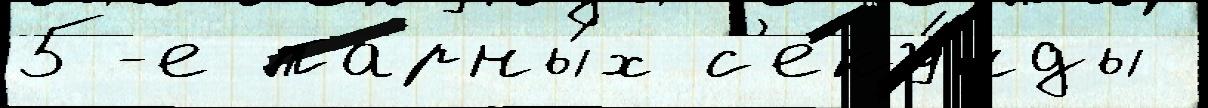
5-е парны́х с'еку́нды